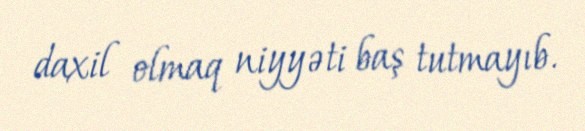
daxil olmaq niyyəti baş tutmayıb.